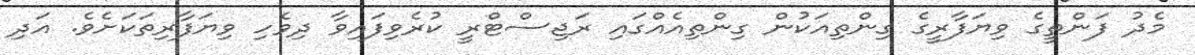
މެދު ފަންތީގެ ވިޔަފާރީގެ ގިންތިއަކުން ގިންތިއެއްގައި ރަޖިސްޓްރީ ކުރެވިފައިވާ ދިވެހި ވިޔަފާރިތަކަށެވެ. އަދި